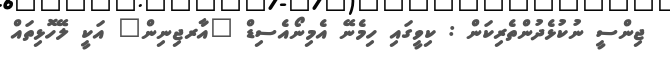
ޖިންސީ ނުކުޅެދުންތެރިކަން : ކިވީގައި ހިމެނޭ އެމިނޯއެސިޑް "އާރޖިނިން" އަކީ ލޭހޮޅިތައް